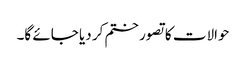
حوالات کا تصور ختم کر دیا جائے گا۔